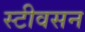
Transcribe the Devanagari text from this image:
स्टीवसन